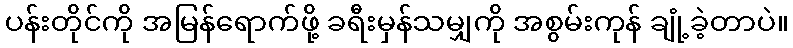
ပန်းတိုင်ကို အမြန်ရောက်ဖို့ ခရီးမှန်သမျှကို အစွမ်းကုန် ချုံ့ခဲ့တာပဲ။